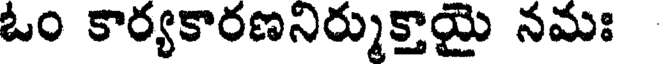
ఓం కార్యకారణనిర్ముక్తాయై నమః